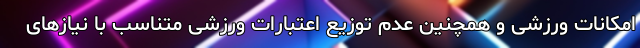
امکانات ورزشی و همچنین عدم توزیع اعتبارات ورزشی متناسب با نیازهای